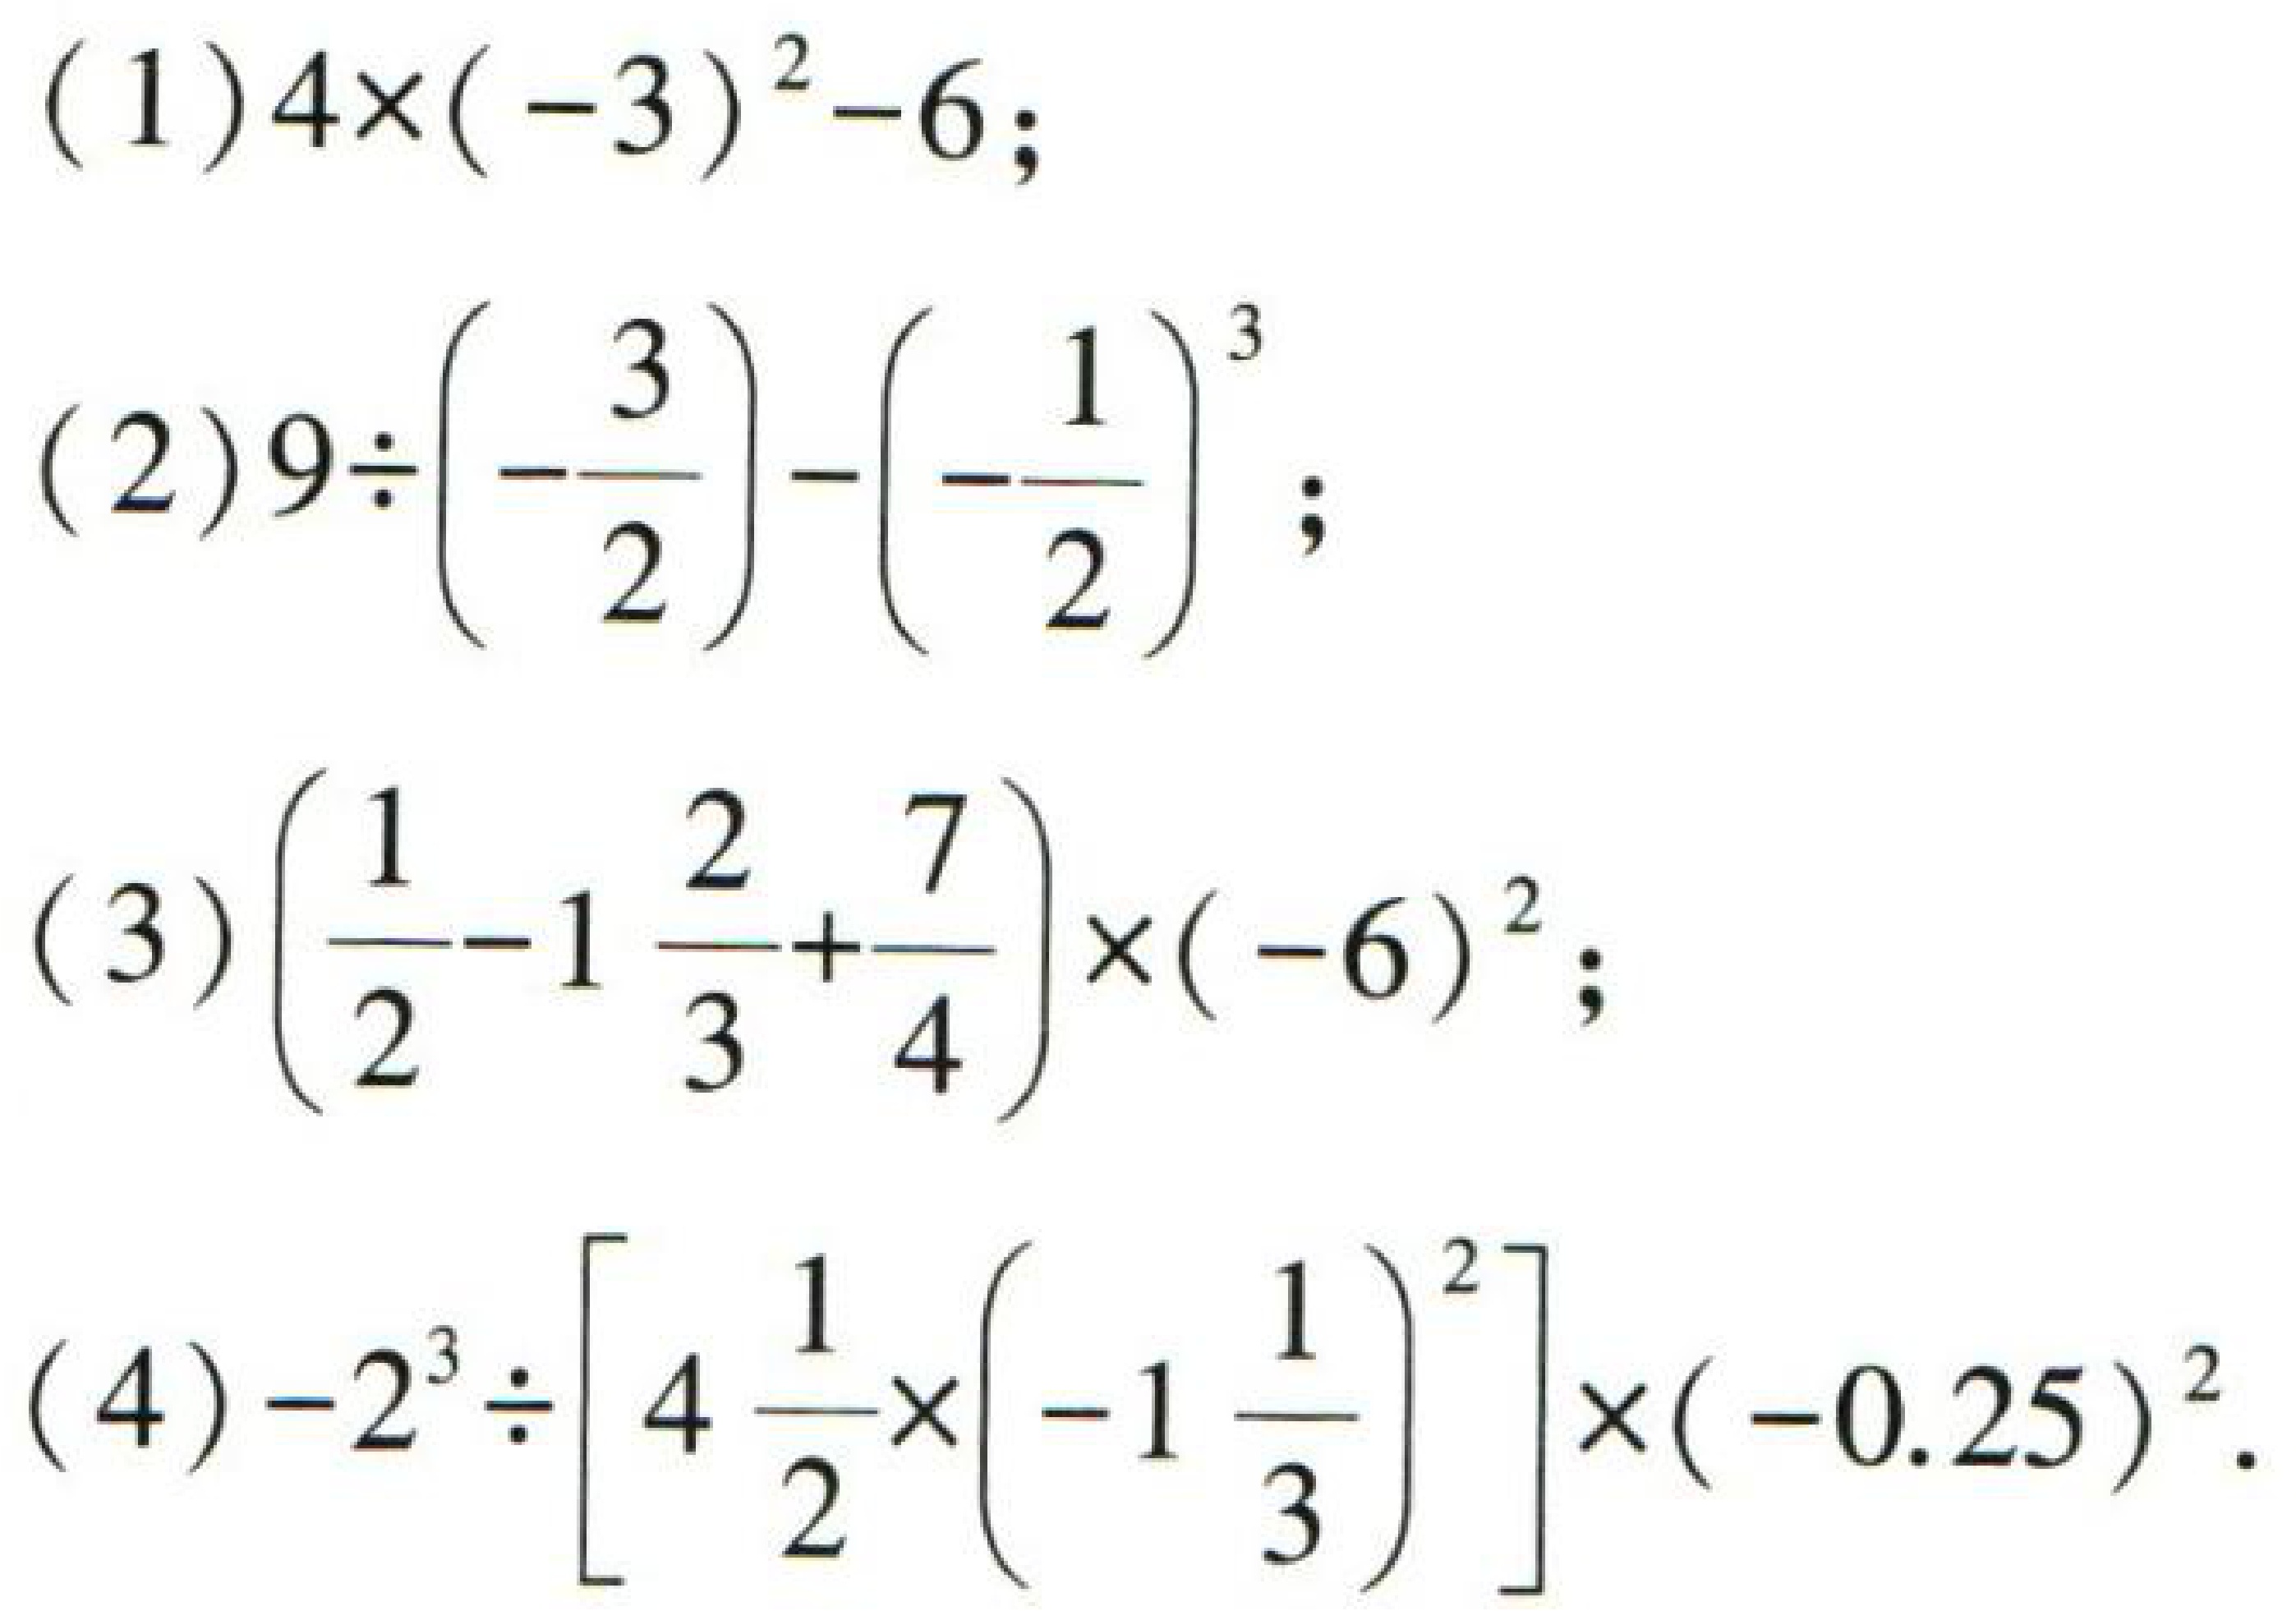
(1) \(4\times(-3)^{2}-6\);
(2) \(9\div\left(-\dfrac{3}{2}\right)-\left(-\dfrac{1}{2}\right)^{3}\);
(3) \(\left(\dfrac{1}{2}-1\dfrac{2}{3}+\dfrac{7}{4}\right)\times(-6)^{2}\);
(4) \(-2^{3}\div\left[4\dfrac{1}{2}\times\left(-1\dfrac{1}{3}\right)^{2}\right]\times(-0.25)^{2}\).